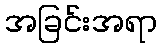
အခြင်းအရာ